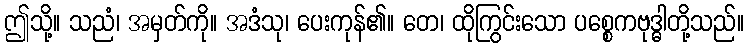
ဤသို့။ သညံ၊ အမှတ်ကို။ အဒံသု၊ ပေးကုန်၏။ တေ၊ ထိုကြွင်းသော ပစ္စေကဗုဒ္ဓါတို့သည်။